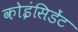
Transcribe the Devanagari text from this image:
कोइंसिडेंट